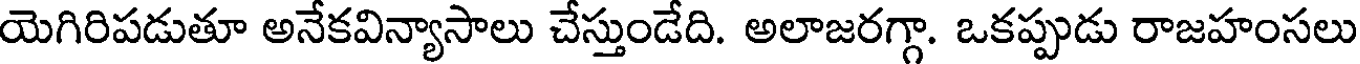
యెగిరిపడుతూ అనేకవిన్యాసాలు చేస్తుండేది. అలాజరగ్గా. ఒకప్పుడు రాజహంసలు